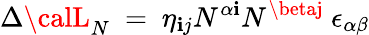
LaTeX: \Delta{\calL}_{N}~=~\eta_{\mathbf{i}j}N^{\alpha\mathbf{i}}N^{\betaj}~\epsilon_{\alpha\beta}